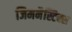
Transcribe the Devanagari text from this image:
जिमनैस्टिक्स